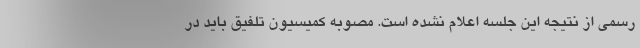
رسمی از نتیجه این جلسه اعلام نشده است. مصوبه کمیسیون تلفیق باید در